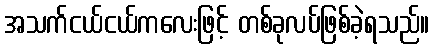
အသက်ငယ်ငယ်ကလေးဖြင့် တစ်ခုလပ်ဖြစ်ခဲ့ရသည်။